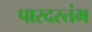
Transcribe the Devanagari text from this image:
पारदस्तंभ